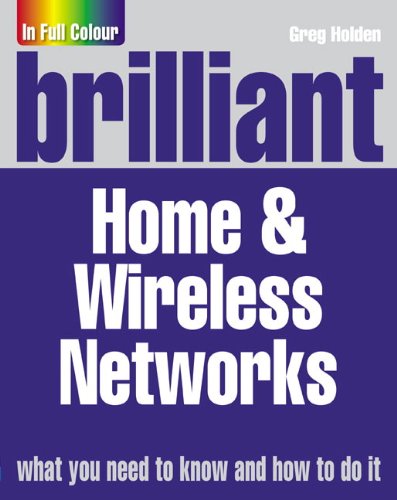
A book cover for Brilliant Home &Wireless Networks; Greg Holden; Computers & Technology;